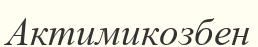
Актимикозбен